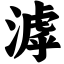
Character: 滹